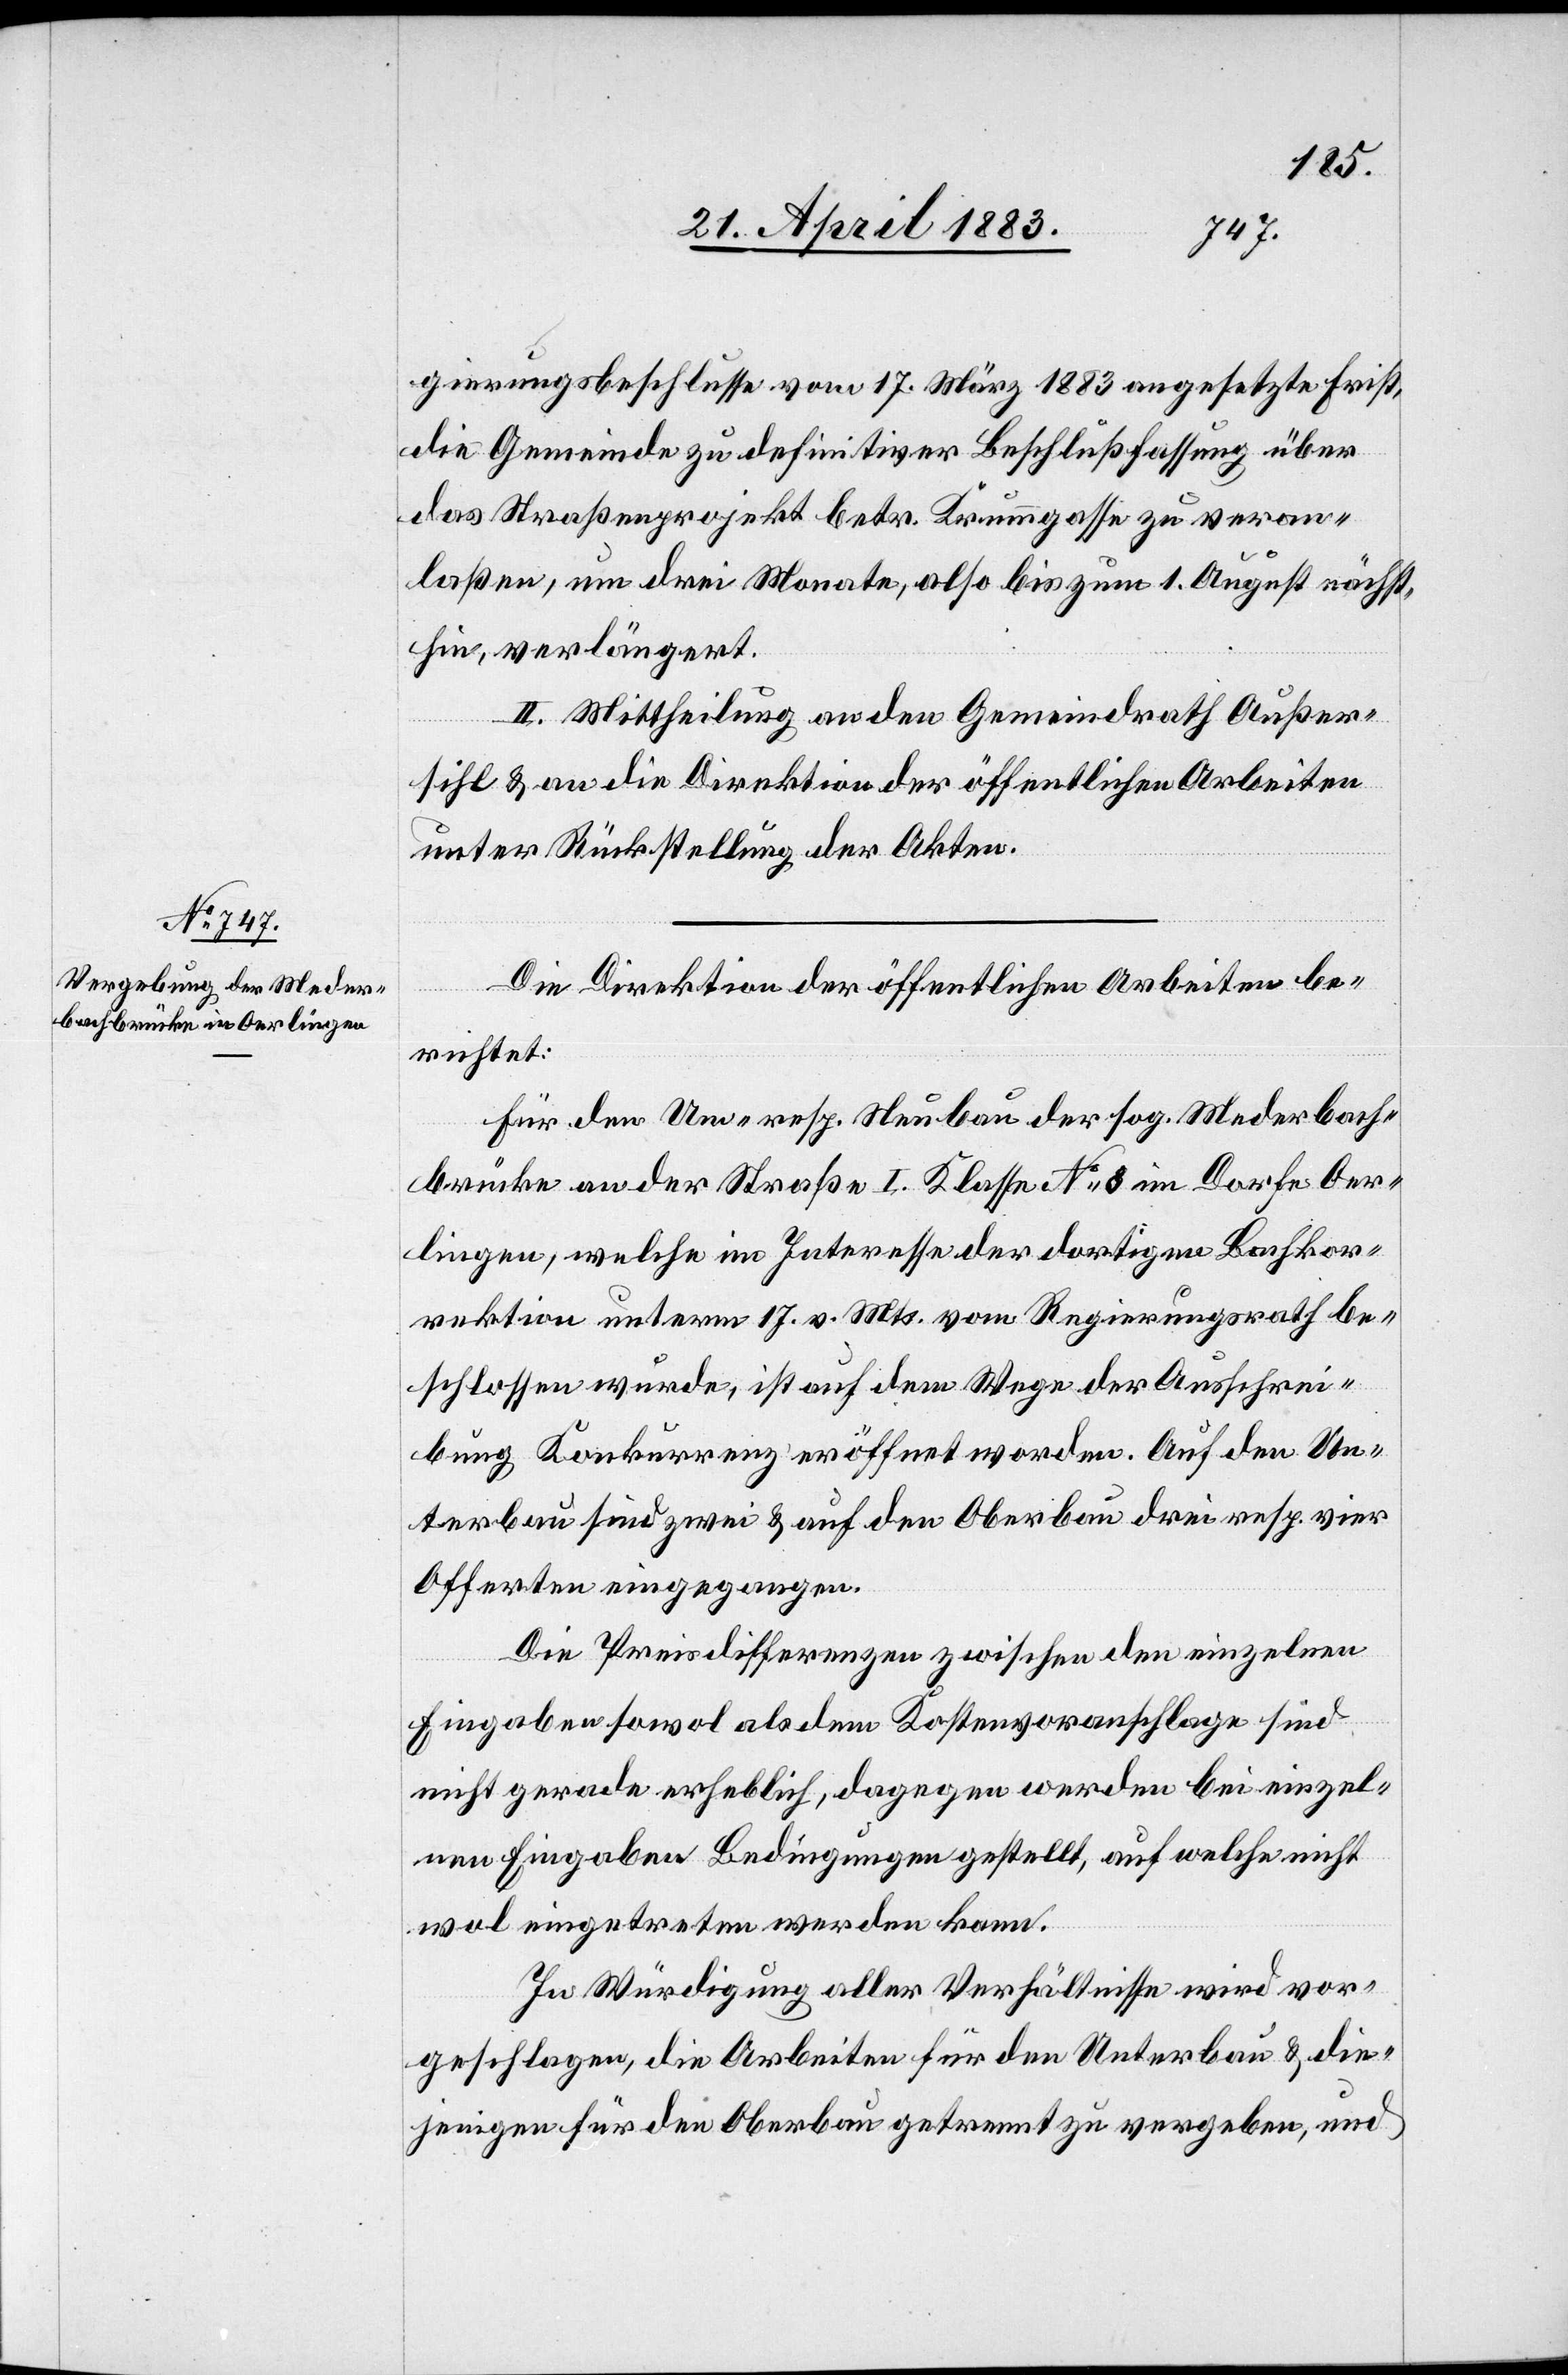
gierungsbeschlusse vom 17. März 1883 angesetzte Frist,
die Gemeinde zu definitiver Beschlußfassung über
das Straßenprojekt betr. Krummgasse zu veran¬
laßen, um drei Monate, also bis zum 1. August nächst¬
hin, verlängert.
II. Mittheilung an den Gemeindrath Außer¬
sihl & an die Direktion der öffentlichen Arbeiten
unter Rückstellung der Akten.
Die Direktion der öffentlichen Arbeiten be¬
richtet:
Für den Um- resp. Neubau der sog. Mederbach¬
brücke an der Straße I. Klasse No 8 im Dorfe Oer¬
lingen, welche im Interesse der dortigen Bachkor¬
rektion unterm 17. v. Mts. vom Regierungsrath be¬
schlossen wurde, ist auf dem Wege der Ausschrei¬
bung Konkurrenz eröffnet worden. Auf den Un¬
terbau sind zwei & auf den Oberbau drei resp. vier
Offerten eingegangen.
Die Preisdifferenzen zwischen den einzelnen
Eingaben sowol als dem Kostenvoranschlage sind
nicht gerade erheblich, dagegen werden bei einzel¬
nen Eingaben Bedingungen gestellt, auf welche nicht
wol eingetreten werden kann.
In Würdigung aller Verhältnisse wird vor¬
geschlagen, die Arbeiten für den Unterbau & die¬
jenigen für den Oberbau getrennt zu vergeben, und